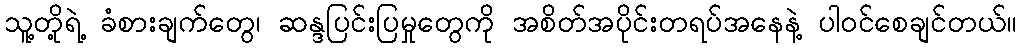
သူ့တို့ရဲ့ ခံစားချက်တွေ၊ ဆန္ဒပြင်းပြမှုတွေကို အစိတ်အပိုင်းတရပ်အနေနဲ့ ပါဝင်စေချင်တယ်။